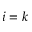
i = k